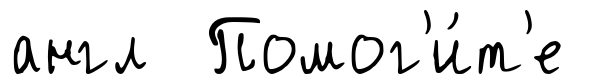
англ Помог'и́т'е